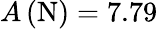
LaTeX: A\left(\mathrm{N}\right){}=7.79